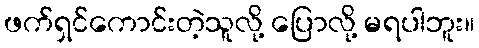
ဖက်ရှင်ကောင်းတဲ့သူလို့ ပြောလို့ မရပါဘူး။